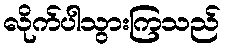
လိုက်ပါသွားကြသည်